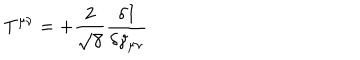
T ^ { \mu \nu } = + \frac { 2 } { \sqrt { \gamma } } \frac { \delta I } { \delta \gamma _ { \mu \nu } }